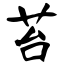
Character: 苔